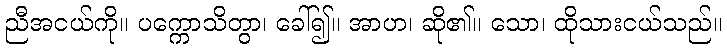
ညီအငယ်ကို။ ပက္ကောသိတွာ၊ ခေါ်၍။ အာဟ၊ ဆို၏။ သော၊ ထိုသားငယ်သည်။